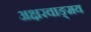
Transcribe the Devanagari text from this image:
अक्षरवाङ्‌मय